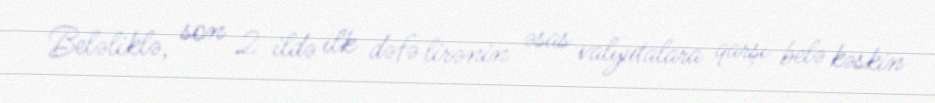
Beləliklə, son 2 ildə ilk dəfə lirənin əsas valyutalara qarşı belə kəskin